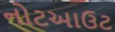
નોટઆઉટ